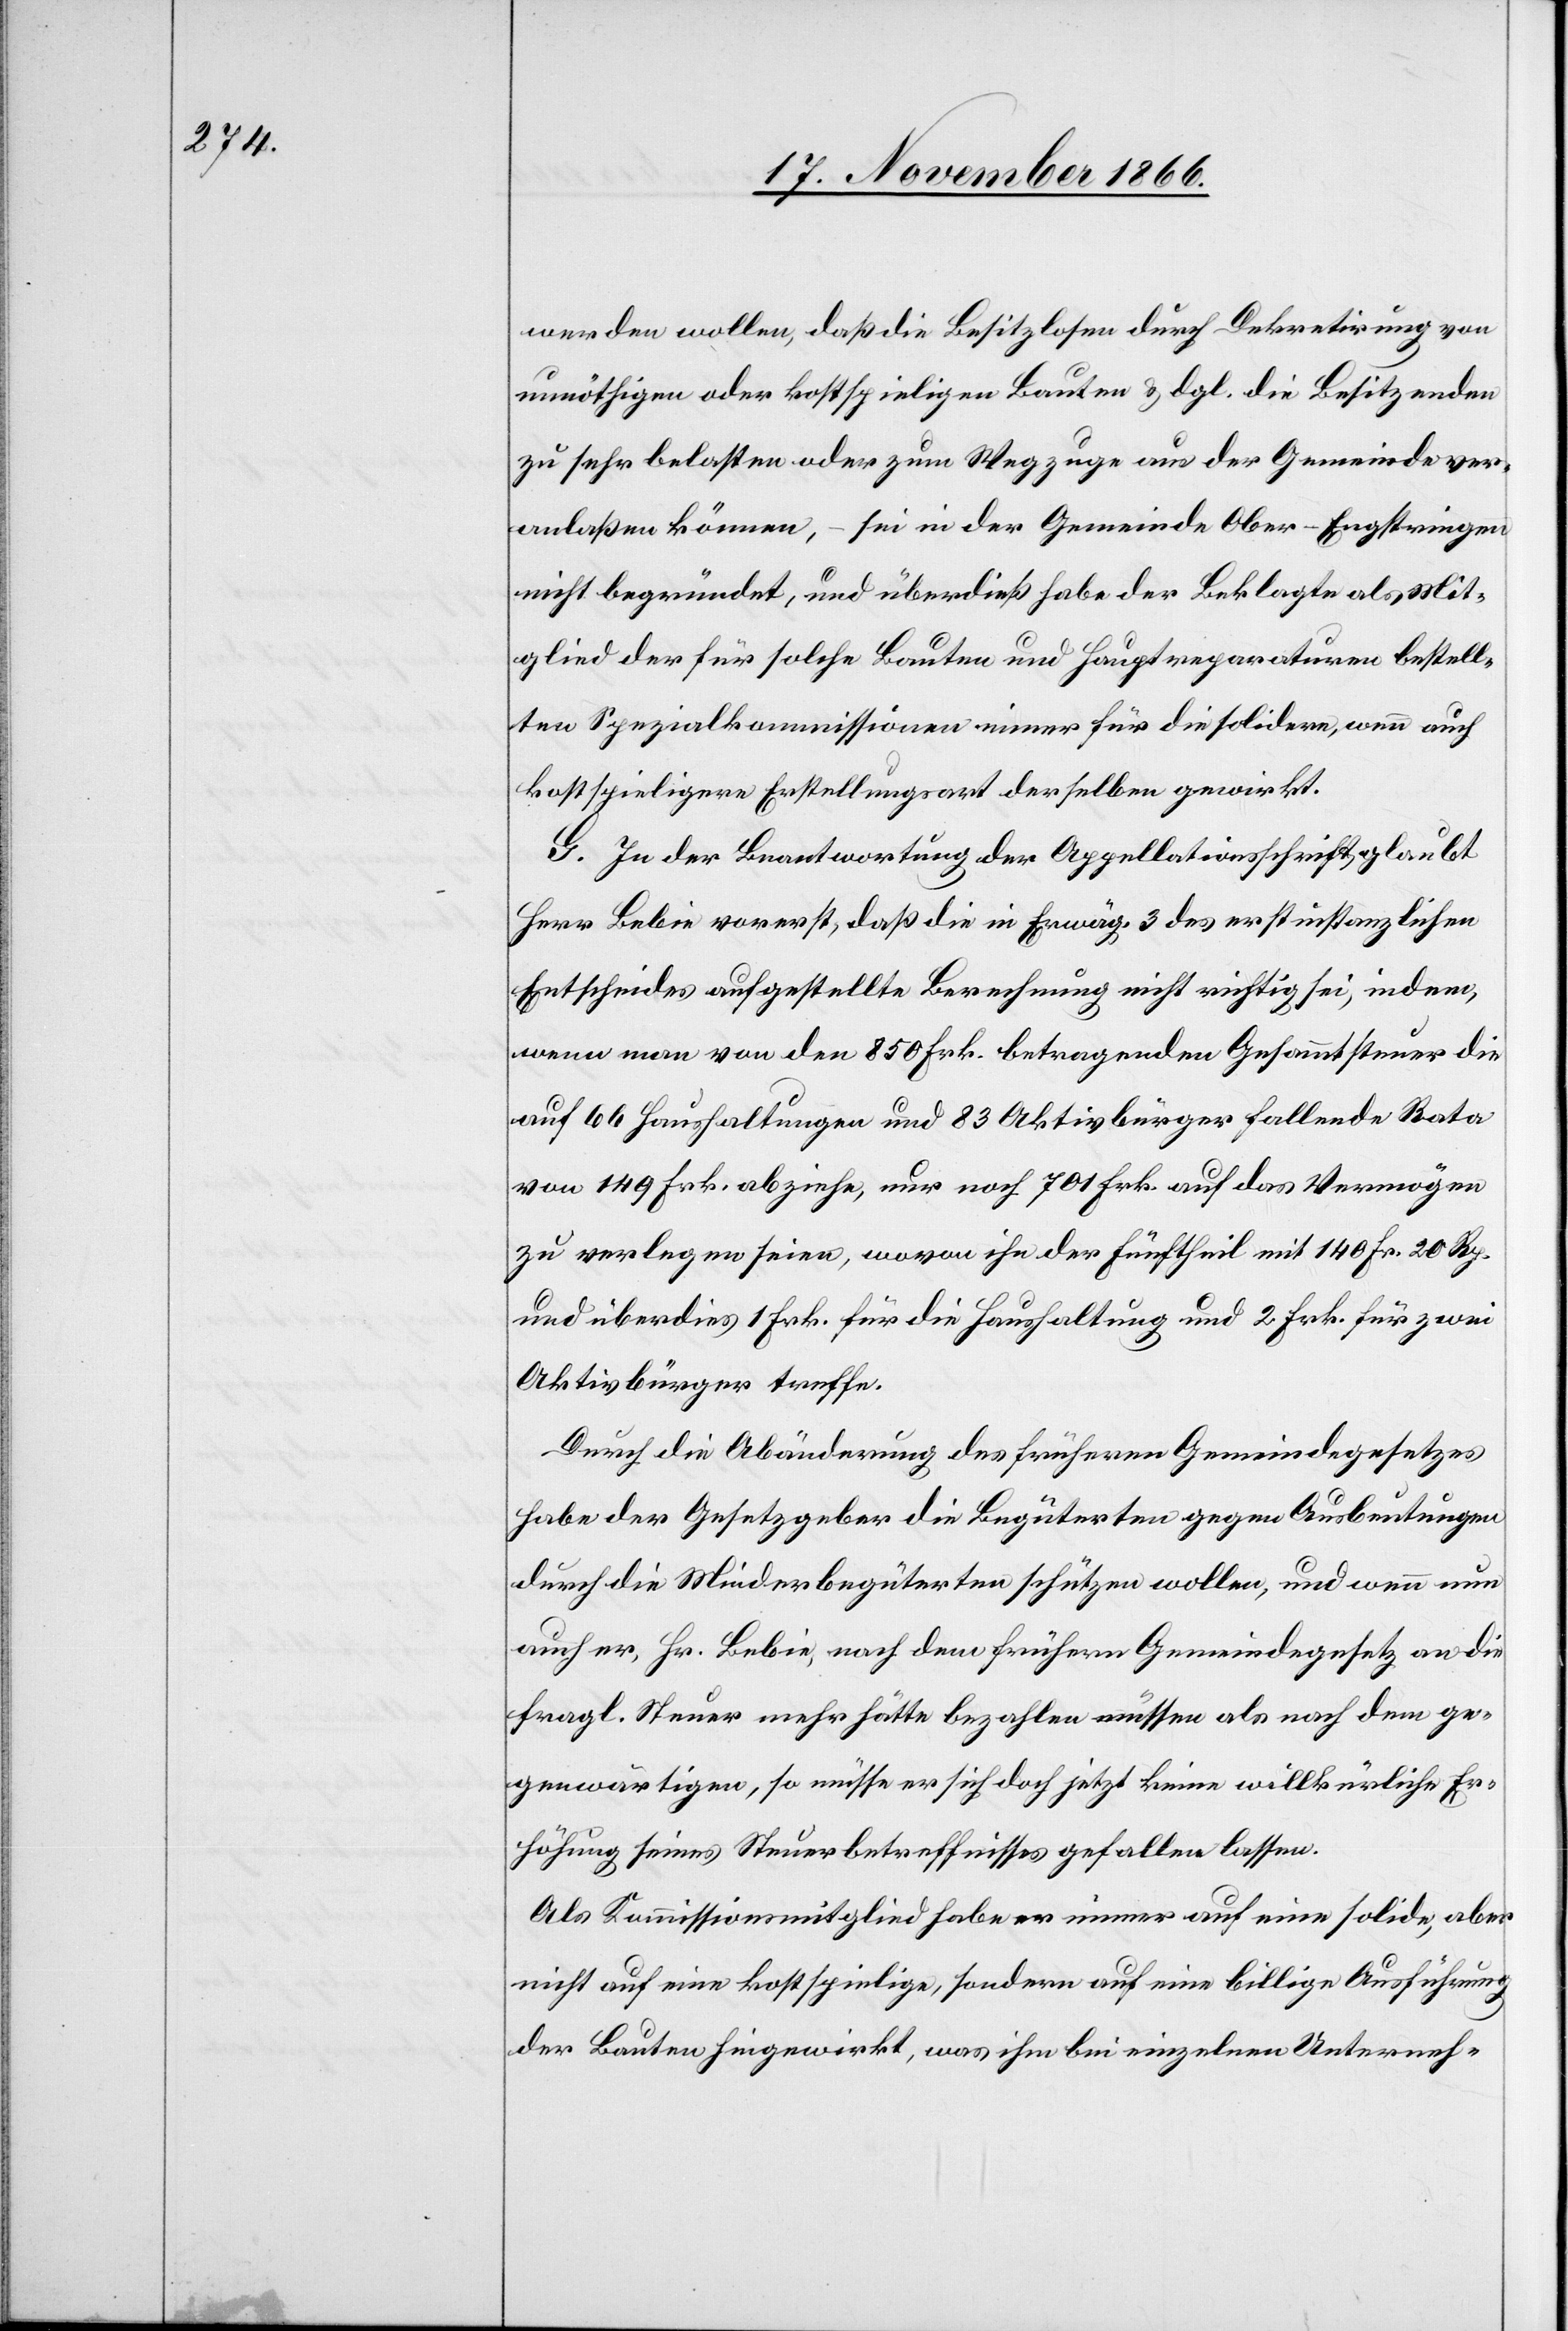
werden wollen, daß die Besitzlosen durch Dekretirung von
unnöthigen oder kostspieligen Bauten & dgl. die Besitzenden
zu sehr belasten oder zum Wegzuge aus der Gemeinde ver¬
anlaßen können, – sei in der Gemeinde Ober-Engstringen
nicht begründet, und überdieß habe der Beklagte als Mit¬
glied der für solche Bauten und Hauptreparaturen bestell¬
ten Spezialkommissionen immer für die solidere, wenn auch
kostspieligere Erstellungsart derselben gewirkt.
F.] In der Beantwortung der Appellationsschrift glaubt
Herr Bebie vorerst, daß die in Erwäg. 3 des erstinstanzlichen
Entscheides aufgestellte Berechnung nicht richtig sei, indem,
wenn man von der 850 Frk. betragenden Gesammtsteuer die
auf 66 Haushaltungen und 83 Aktivbürger fallende Rata
von 149 Frk. abziehe, nur noch 701 Frk. auf das Vermögen
zu verlegen seien, wovon ihn der Fünftheil mit 140 Frk. 20 Rp.
und überdies 1 Frk. für die Haushaltung und 2 Frk. für zwei
Aktivbürger treffe.
Durch die Abänderung des früheren Gemeindegesetzes
habe der Gesetzgeber die Begüterten gegen Ausbeutungen
durch die Minderbegüterten schützen wollen, und wenn nun
auch er, Hr. Bebie, nach dem frühern Gemeindegesetz an die
fragl. Steuer mehr hätte bezahlen müssen als nach dem ge¬
genwärtigen, so müsse er sich doch jetzt keine willkürliche Er¬
höhung seines Steuerbetreffnisses gefallen lassen.
Als Kommissionsmitglied habe er immer auf eine solide, aber
nicht auf eine kostspielige, sondern auf eine billige Ausführung
der Bauten hingewirkt, was ihm bei einzelnen Unterneh-